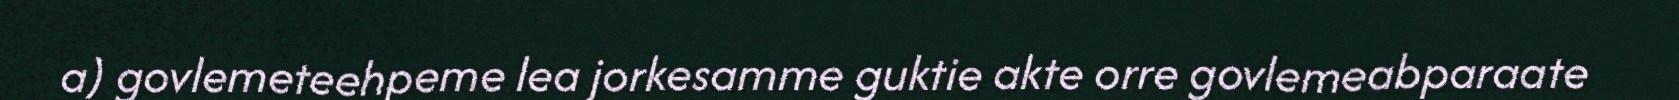
a) govlemeteehpeme lea jorkesamme guktie akte orre govlemeabparaate